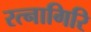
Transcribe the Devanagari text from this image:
रत्‍नागिरि